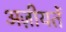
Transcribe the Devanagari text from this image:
अज़ीयतें